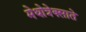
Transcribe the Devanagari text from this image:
मेथोत्रेक्साते